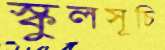
স্কুলসূচি